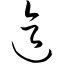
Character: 迄